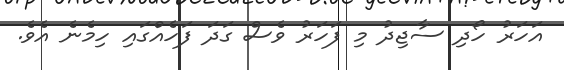
އަހަރު ހޯދި ސާޖިދު މި ފަހަރު ވެސް ގަދަ ފަހެއްގައި ހިމެނެ އެވެ.